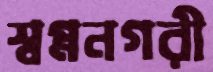
স্বপ্ননগরী